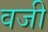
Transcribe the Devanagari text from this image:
वजी